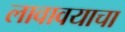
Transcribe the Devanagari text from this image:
लावावयाचा